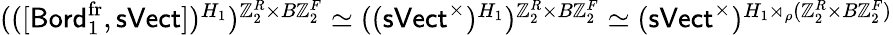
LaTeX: \begin{array}{r}{(([{\mathsf{Bord}}_{1}^{\operatorname{fr}},{\mathsf{sVect}}])^{H_{1}})^{\mathbb{Z}_{2}^{R}\times B\mathbb{Z}_{2}^{F}}\simeq(({\mathsf{sVect}}^{\times})^{H_{1}})^{\mathbb{Z}_{2}^{R}\times B\mathbb{Z}_{2}^{F}}\simeq({\mathsf{sVect}}^{\times})^{{H_{1}}\rtimes_{\rho}(\mathbb{Z}_{2}^{R}\times B\mathbb{Z}_{2}^{F})}}\end{array}